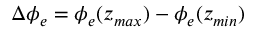
\Delta \phi _ { e } = \phi _ { e } ( z _ { m a x } ) - \phi _ { e } ( z _ { m i n } )